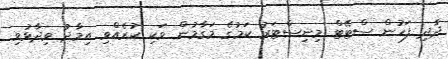
ދާދި ފަހުން ސްޓޭޓް މިނިސްޓަރު ކަމުގެ މަގާމުން ވަކި ކުރެއްވި އިމާދު ވިދާޅުވި